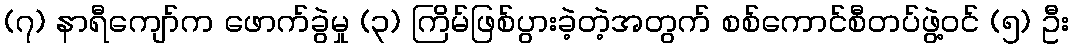
(၇) နာရီကျော်က ဖောက်ခွဲမှု (၃) ကြိမ်ဖြစ်ပွားခဲ့တဲ့အတွက် စစ်ကောင်စီတပ်ဖွဲ့ဝင် (၅) ဦး